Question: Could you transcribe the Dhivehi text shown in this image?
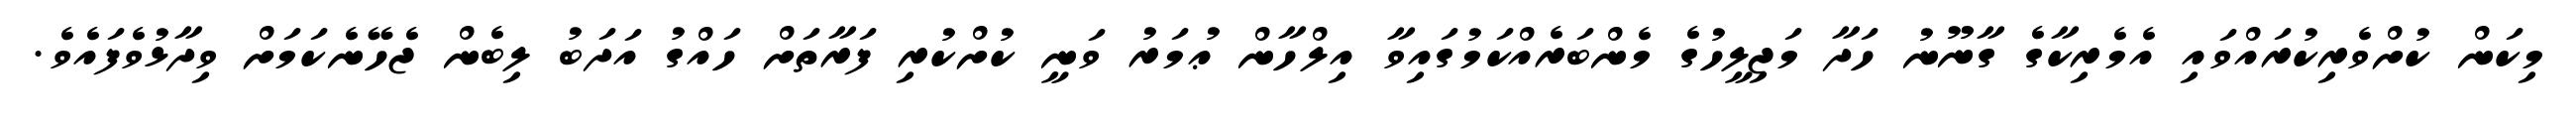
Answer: މިކަން ކުށްވެރިކުރައްވައި އެމެރިކާގެ ގާނޫނު ހަދާ މަޖިލީހުގެ މެންބަރެއްކަމުގައިވާ އިލްހާން ޢުމަރު ވަނީ ކުށްކުރި ފަރާތަށް ހައްގު އަދަބު ލިބެން ޖެހޭނެކަމަށް ވިދާޅުވެފައެވެ.